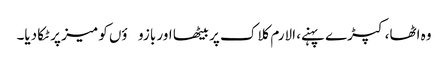
وہ اٹھا، کپڑے پہنے، الارم کلاک پر بیٹھا اور بازوؤں کو میز پر ٹکا دیا۔